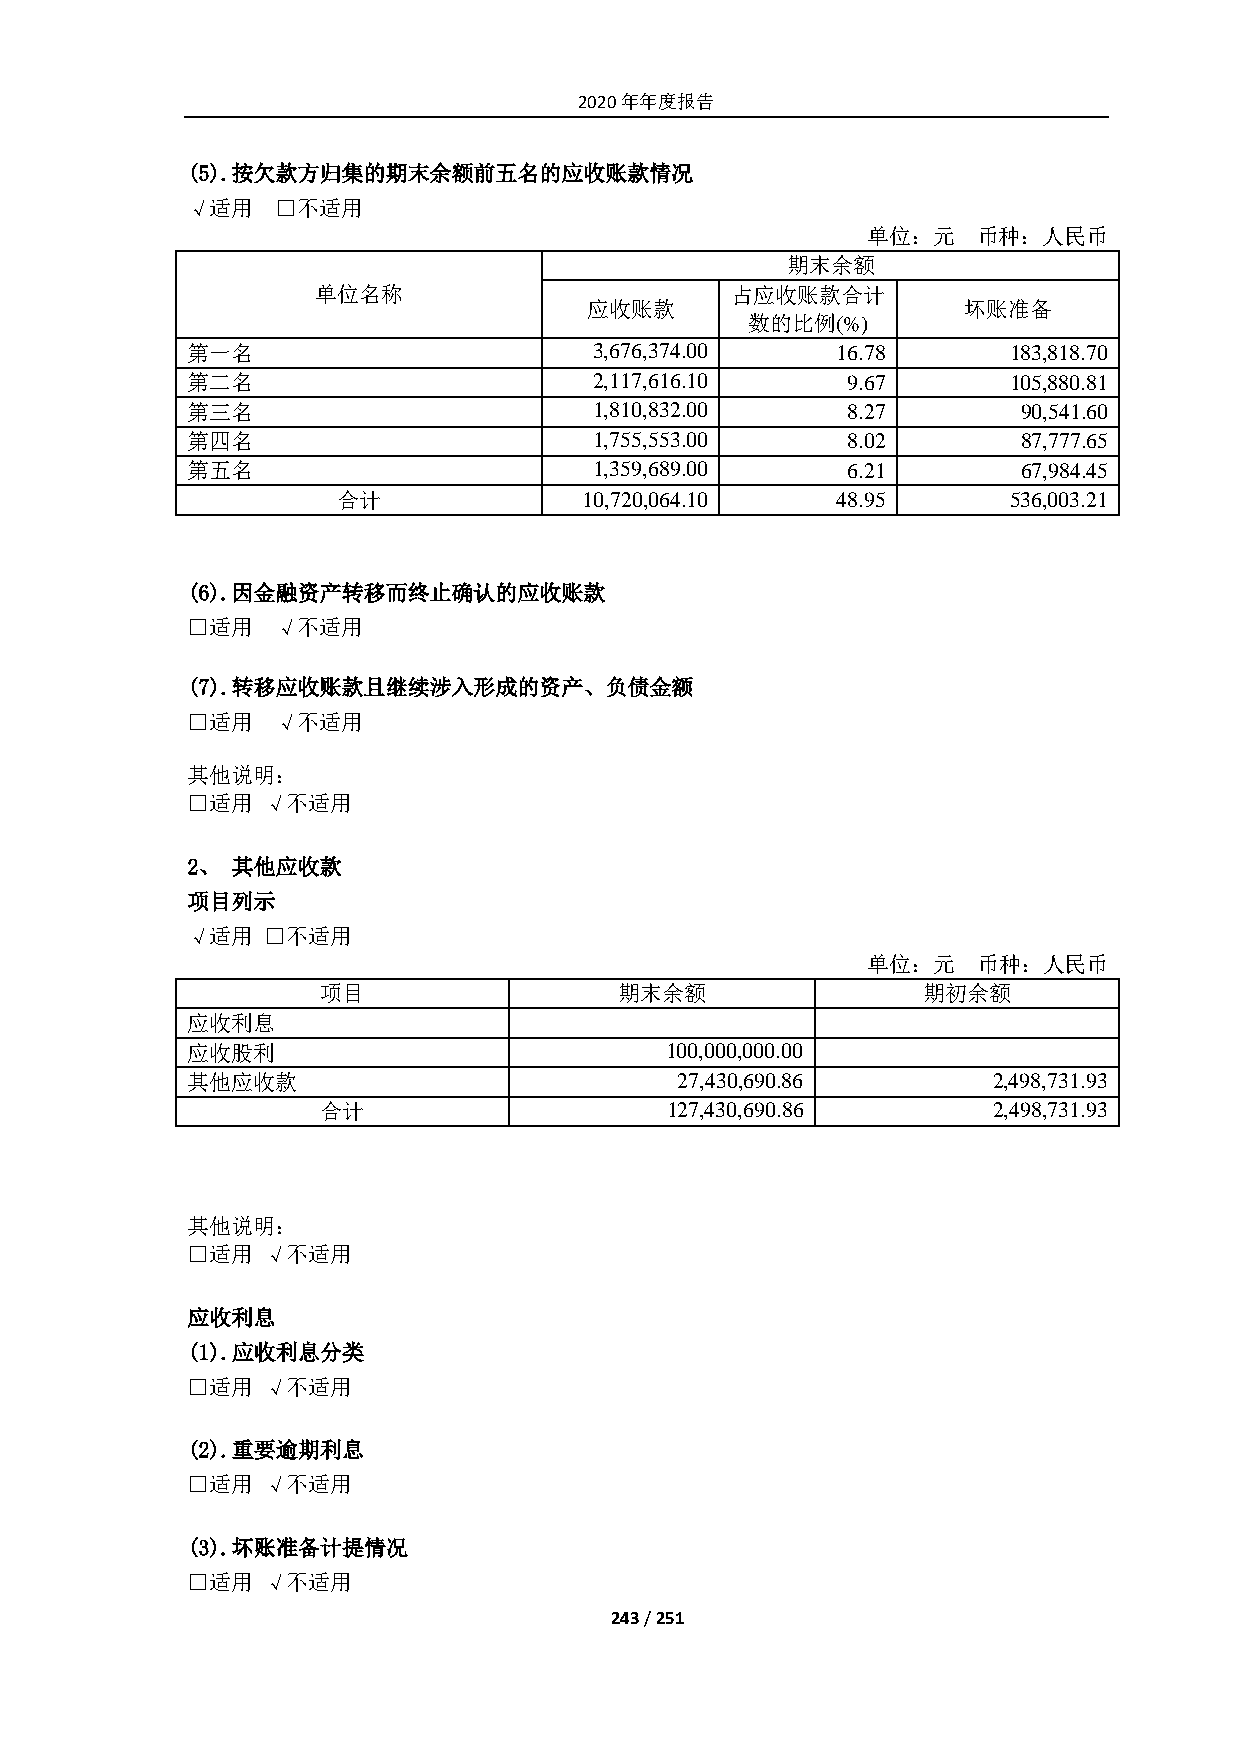
2020年年度报告
 (5). 按欠款方归集的期末余额前五名的应收账款情况
 √适用   □不适用
 单位：元    币种：人民币
 期末余额
 单位名称                       占应收账款合计
 应收账款                     坏账准备
 数的比例(%)
 第一名                        3,676,374.00    16.78       183,818.70
 第二名                        2,117,616.10     9.67       105,880.81
 第三名                        1,810,832.00     8.27        90,541.60
 第四名                        1,755,553.00     8.02        87,777.65
 第五名                        1,359,689.00     6.21        67,984.45
 合计               10,720,064.10   48.95       536,003.21
 (6). 因金融资产转移而终止确认的应收账款
 □适用   √不适用
 (7). 转移应收账款且继续涉入形成的资产、负债金额
 □适用   √不适用
 其他说明：
 □适用  √不适用
 2、 其他应收款
 项目列示
 √适用  □不适用
 单位：元    币种：人民币
 项目                  期末余额                期初余额
 应收利息
 应收股利                            100,000,000.00
 其他应收款                            27,430,690.86        2,498,731.93
 合计                     127,430,690.86        2,498,731.93
 其他说明：
 □适用  √不适用
 应收利息
 (1). 应收利息分类
 □适用  √不适用
 (2). 重要逾期利息
 □适用  √不适用
 (3). 坏账准备计提情况
 □适用  √不适用
 243 / 251